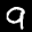
Label: 9